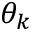
\theta _ { k }